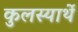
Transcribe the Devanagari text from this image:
कुलस्यार्थे